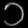
Digit: ၁